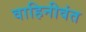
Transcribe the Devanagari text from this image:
वाहिनीवंत